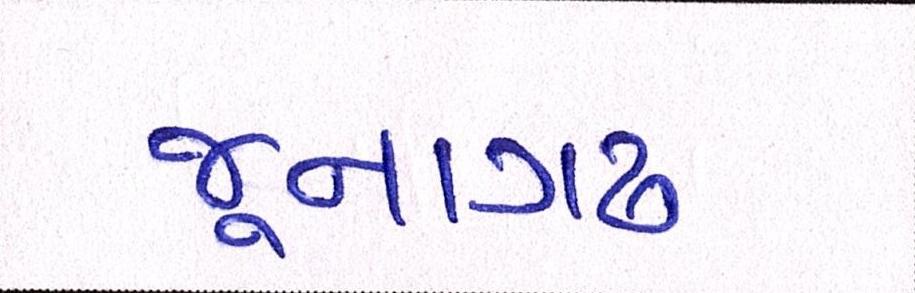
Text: જૂનાગઢ